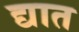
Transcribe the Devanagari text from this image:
द्यात